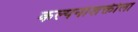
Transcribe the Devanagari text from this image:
कल्पनाशक्तीला